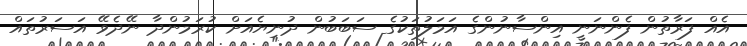
އެއް ފަރާތުން ފެންނަނީ އިންސާނުންގެ އަމަލުތަކުގެ ސަބަބުން ދުނިޔެއަށް ކުރަމުންދާ ނޭދެވޭ އަސަރުތައް